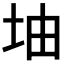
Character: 𡊡